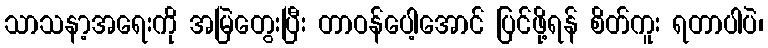
သာသနာ့အရေးကို အမြဲတွေးပြီး တာဝန်ပေါ့အောင် ပြင်ဖို့ရန် စိတ်ကူး ရတာပါပဲ၊